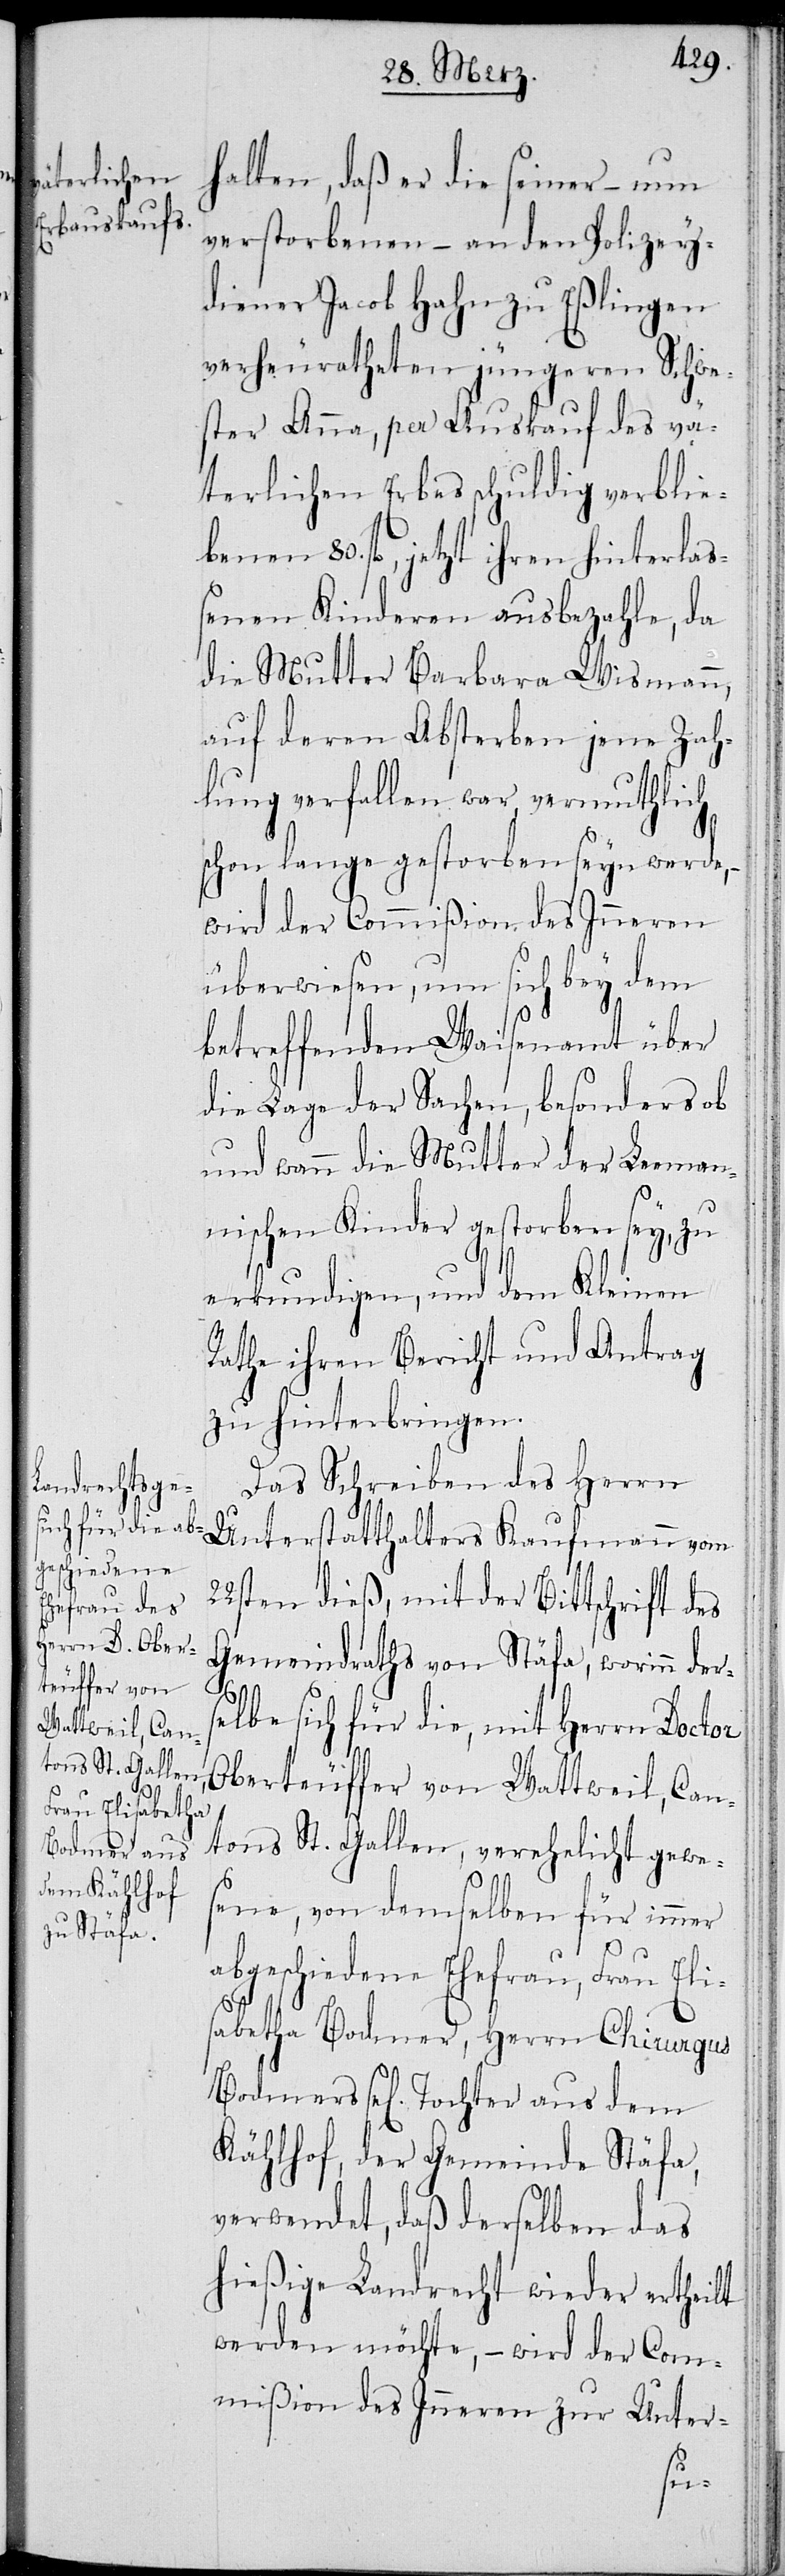
halten, daß er die seiner – nun
verstorbenen – an den Polizey¬
diener Jacob Hahn zu Eßlingen
verheuratheten jüngeren Schwe¬
ster Anna, per Ankauf des vä¬
terlichen Erbes schuldig verblie¬
benen 80. fl., jetzt ihren hinterlaß¬
enen Kinderen ausbezahle, da
die Mutter Barbara Wismann,
auf deren Absterben jene Zah¬
lung verfallen war, vermuthlich
schon lange gestorben seyn werde,
wird der Commißion des Inneren
überwiesen, um sich bey dem
betreffenden Waisenamt über
die Lage der Sachen, besonders ob
und wann die Mutter der Leeman¬
nischen Kinder gestorben sey, zu
erkundigen, und dem Kleinen
Rathe ihren Bericht und Antrag
zu hinterbringen.
Das Schreiben des Herrn
Unterstatthalters Kaufmann vom
22sten dieß, mit der Bittschrift des
Gemeindraths von Stäfa, worinn ders¬
elbe sich für die, mit Herrn Doctor
Oberteuffer von Wattweil, Can¬
tons St. Gallen, verehelicht gewe¬
sene, von demselben für immer
abgeschiedene Ehefrau, Frau Eli¬
sabetha Bodmer, Herrn Chirurgus
Bodmers sel[ige] Tochter aus dem
Kählhof, der Gemeinde Stäfa,
verwendet, daß derselben das
hießige Landrecht wieder ertheilt
werden möchte, – wird der Com¬
mißion des Inneren zur Unter-